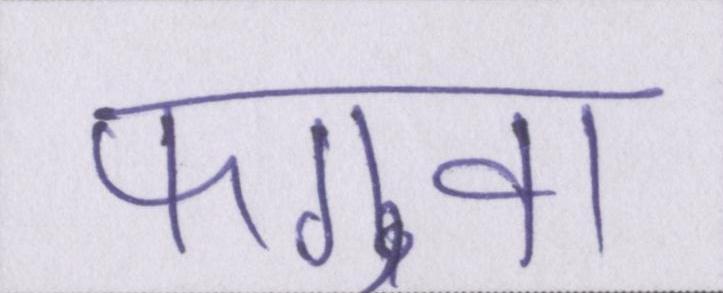
फगुवा